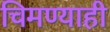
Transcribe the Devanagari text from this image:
चिमण्याही